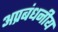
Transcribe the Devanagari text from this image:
अप्रबंधनीय